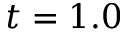
t = 1 . 0